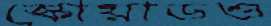
স্কোয়াডও